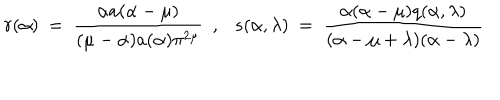
LaTeX: r ( \alpha ) ~ = ~ \frac { \alpha a ( \alpha - \mu ) } { ( \mu - \alpha ) a ( \alpha ) \pi ^ { 2 \mu } } { } ~ ~ , s ( \alpha , \lambda ) ~ = ~ \frac { \alpha ( \alpha - \mu ) q ( \alpha , \lambda ) } { ( \alpha - \mu + \lambda ) ( \alpha - \lambda ) }